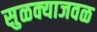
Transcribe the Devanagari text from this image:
सुळक्याजवळ